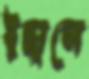
ইছালে